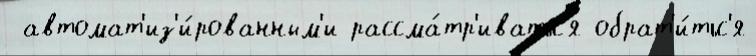
 автомат'из'и́рованным'и рассма́тр'иватьс'я обрат'и́тьс'я